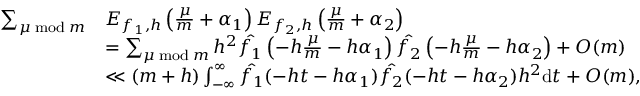
\begin{array} { r l } { \sum _ { \mu \bmod m } } & { E _ { f _ { 1 } , h } \left( \frac { \mu } { m } + \alpha _ { 1 } \right) E _ { f _ { 2 } , h } \left( \frac { \mu } { m } + \alpha _ { 2 } \right) } \\ & { = \sum _ { \mu \bmod m } h ^ { 2 } \hat { f _ { 1 } } \left( - h \frac { \mu } { m } - h \alpha _ { 1 } \right) \hat { f _ { 2 } } \left( - h \frac { \mu } { m } - h \alpha _ { 2 } \right) + O ( m ) } \\ & { \ll ( m + h ) \int _ { - \infty } ^ { \infty } \hat { f _ { 1 } } ( - h t - h \alpha _ { 1 } ) \hat { f _ { 2 } } ( - h t - h \alpha _ { 2 } ) h ^ { 2 } \mathrm { d } t + O ( m ) , } \end{array}